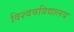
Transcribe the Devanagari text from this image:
विश्ववविद्यालय